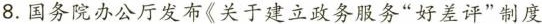
8.国务院办公厅发布《关于建立政务服务”好差评”制度